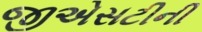
જીએસટીની